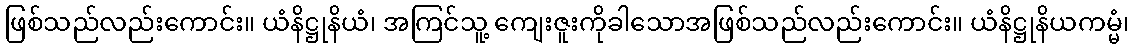
ဖြစ်သည်လည်းကောင်း။ ယံနိဋ္ဌုနိယံ၊ အကြင်သူ့ ကျေးဇူးကိုခါသောအဖြစ်သည်လည်းကောင်း။ ယံနိဋ္ဌုနိယကမ္မံ၊